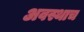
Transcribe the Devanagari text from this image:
अवस्थाच